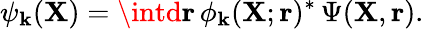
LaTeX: \psi_{\mathbf{k}}({\mathbf{{X}}})=\intd{\mathbf{{r}}}\, \phi_{\mathbf{k}}({\mathbf{{X}}};{\mathbf{{r}}})^{*}\, \Psi({\mathbf{{X}}},{\mathbf{{r}}}).